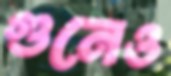
গুনেও